Report of the Municipal Commissioner on the plague in Bombay for the year ending 31st May... - Volume 1
Disease focus: Plague
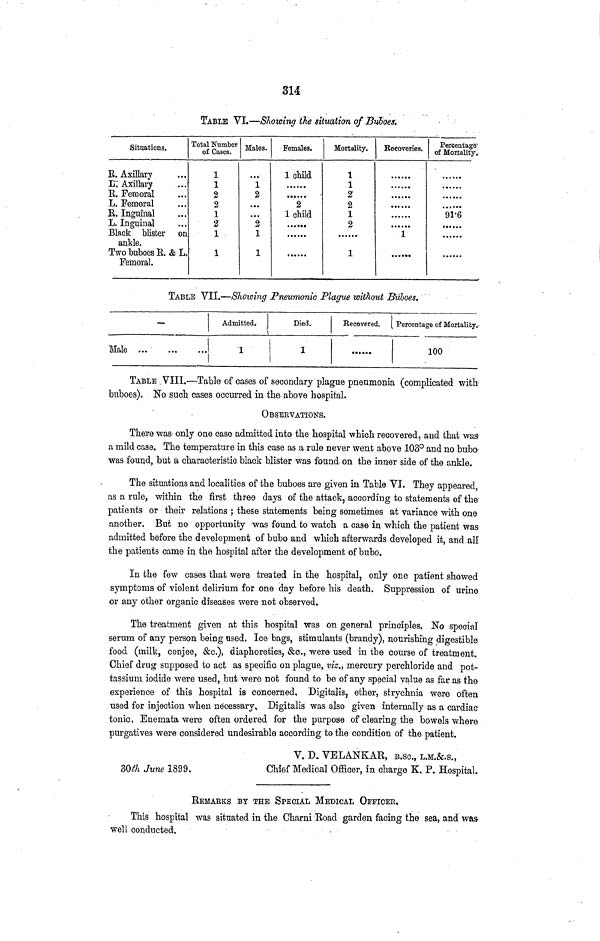
314
TABLE VI.—Showing the situation of Buboes.
Situations.
R. Axillary
L. Axillary
R. Femoral
L. Femoral
R. Inguinal
L. Inguinal
Black blister on
ankle.
Two buboes R. & L.
Femoral.
Total Number
of Cases.
1
1
2
2
1
2
1
1
Males.
1
2
...
...
2
1
1
Females.
1 child
2
1 child
......
...i.i
Mortality.
1
1
2
2
1
2
1
Recoveries.
......
1
Percentage
of Mortality.
91-6
TABLE VII.—Showing Pneumonic Plague without Buboes.
—
Male
Admitted.
1
Died.
1
Recovered.
Percentage of Mortality.
100
TABLE VIII.—Table of cases of secondary plague pneumonia (complicated with
buboes). No such cases occurred in the above hospital.
OBSERVATIONS.
There was only one case admitted into the hospital which recovered, and that was
a mild case. The temperature in this case as a rule never went above 103° and no bubo
was found, but a characteristic black blister was found on the inner side of the ankle.
The situations and localities of the buboes are given in Table VI. They appeared,
as a rule, within the first three days of the attack, according to statements of the
patients or their relations ; these statements being sometimes at variance with one
another. But no opportunity was found to watch a case in which the patient was
admitted before the development of bubo and which afterwards developed it, and all
the patients came in the hospital after the development of bubo.
In the few cases that were treated in the hospital, only one patient showed
symptoms of violent delirium for one day before his death. Suppression of urine
or any other organic diseases were not observed.
The treatment given at this hospital was on general principles. No special
serum of any person being used. Ice bags, stimulants (brandy), nourishing digestible
food (milk, conjee, &c.), diaphoretics, &c., were used in the course of treatment.
Chief drug supposed to act as specific on plague, viz., mercury perchloride and pot-
tassium iodide were used, but were not found to be of any special value as far as the
experience of this hospital is concerned. Digitalis, ether, strychnia were often
used for injection when necessary. Digitalis was also given internally as a cardiac
tonic, Enemata were often ordered for the purpose of clearing the bowels where
purgatives were considered undesirable according to the condition of the patient.
V. D. VELANKAR, B.SC., L.M.&.S.,
30th June 1899.
Chief Medical Officer, in charge K. P. Hospital.
REMAEKS BY THE SPECIAL MEDICAL OFFICER.
This hospital was situated in the Charra Road garden facing the sea, and was-
well conducted.